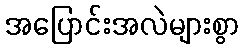
အပြောင်းအလဲများစွာ